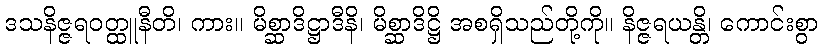
ဒသနိဇ္ဇရဝတ္ထူနီတိ၊ ကား။ မိစ္ဆာဒိဋ္ဌာဒီနိ၊ မိစ္ဆာဒိဋ္ဌိ အစရှိသည်တို့ကို။ နိဇ္ဇရယန္တိ၊ ကောင်းစွာ